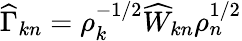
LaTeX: \widehat{\Gamma}_{kn}=\rho_{k}^{-1/2}\widehat{W}_{kn}\rho_{n}^{1/2}